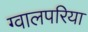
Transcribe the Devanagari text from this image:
ग्वालपरिया